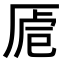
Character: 𠩳